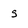
Character: S